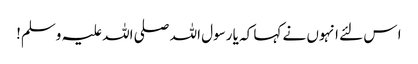
ا س لئے انہوں نے کہا کہ یا رسول اللہ صلی اللہ علیہ وسلم!